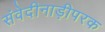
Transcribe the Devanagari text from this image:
संवेदीनाड़ीपरक